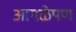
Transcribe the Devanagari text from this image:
आगळेपण